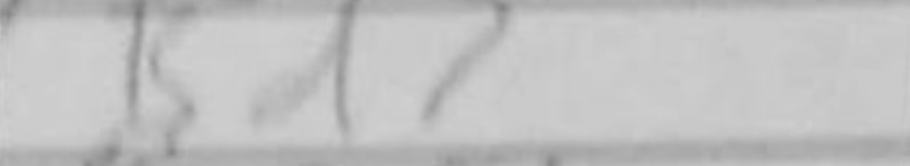
Transcription: Bd7